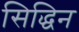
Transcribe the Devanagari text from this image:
सिद्धिन